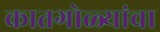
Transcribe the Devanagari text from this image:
कातगोळ्यांचा